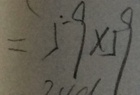
= \dot { 5 } 9 \times 5 9